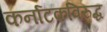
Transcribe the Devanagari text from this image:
कर्नाटकविरुद्ध